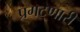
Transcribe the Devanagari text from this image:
प्रगटणारी